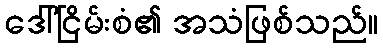
ဒေါ်ငြိမ်းစံ၏ အသံဖြစ်သည်။